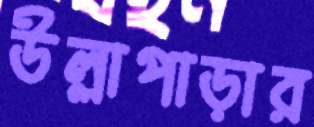
উল্লাপাড়ার